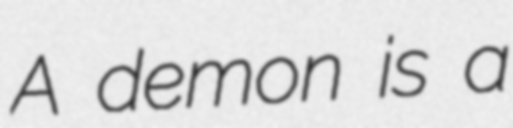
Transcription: A demon is a